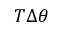
T \Delta \theta